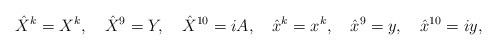
LaTeX: \begin{align*}\hat{X}^k=X^k,\quad\hat{X}^9=Y,\quad\hat{X}^{10}=iA,\quad \hat{x}^k=x^k,\quad\hat{x}^9=y,\quad\hat{x}^{10}=iy,\end{align*}